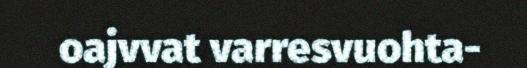
oajvvat varresvuohta-